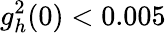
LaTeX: g_{h}^{2}(0)<0.005